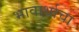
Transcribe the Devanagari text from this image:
भावार्थाचा